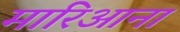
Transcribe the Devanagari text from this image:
मारिआना